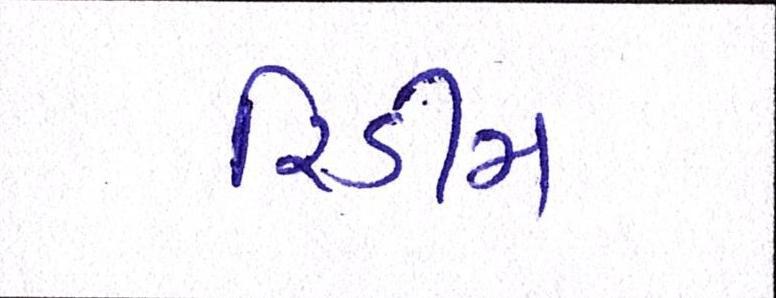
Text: રિડીમ